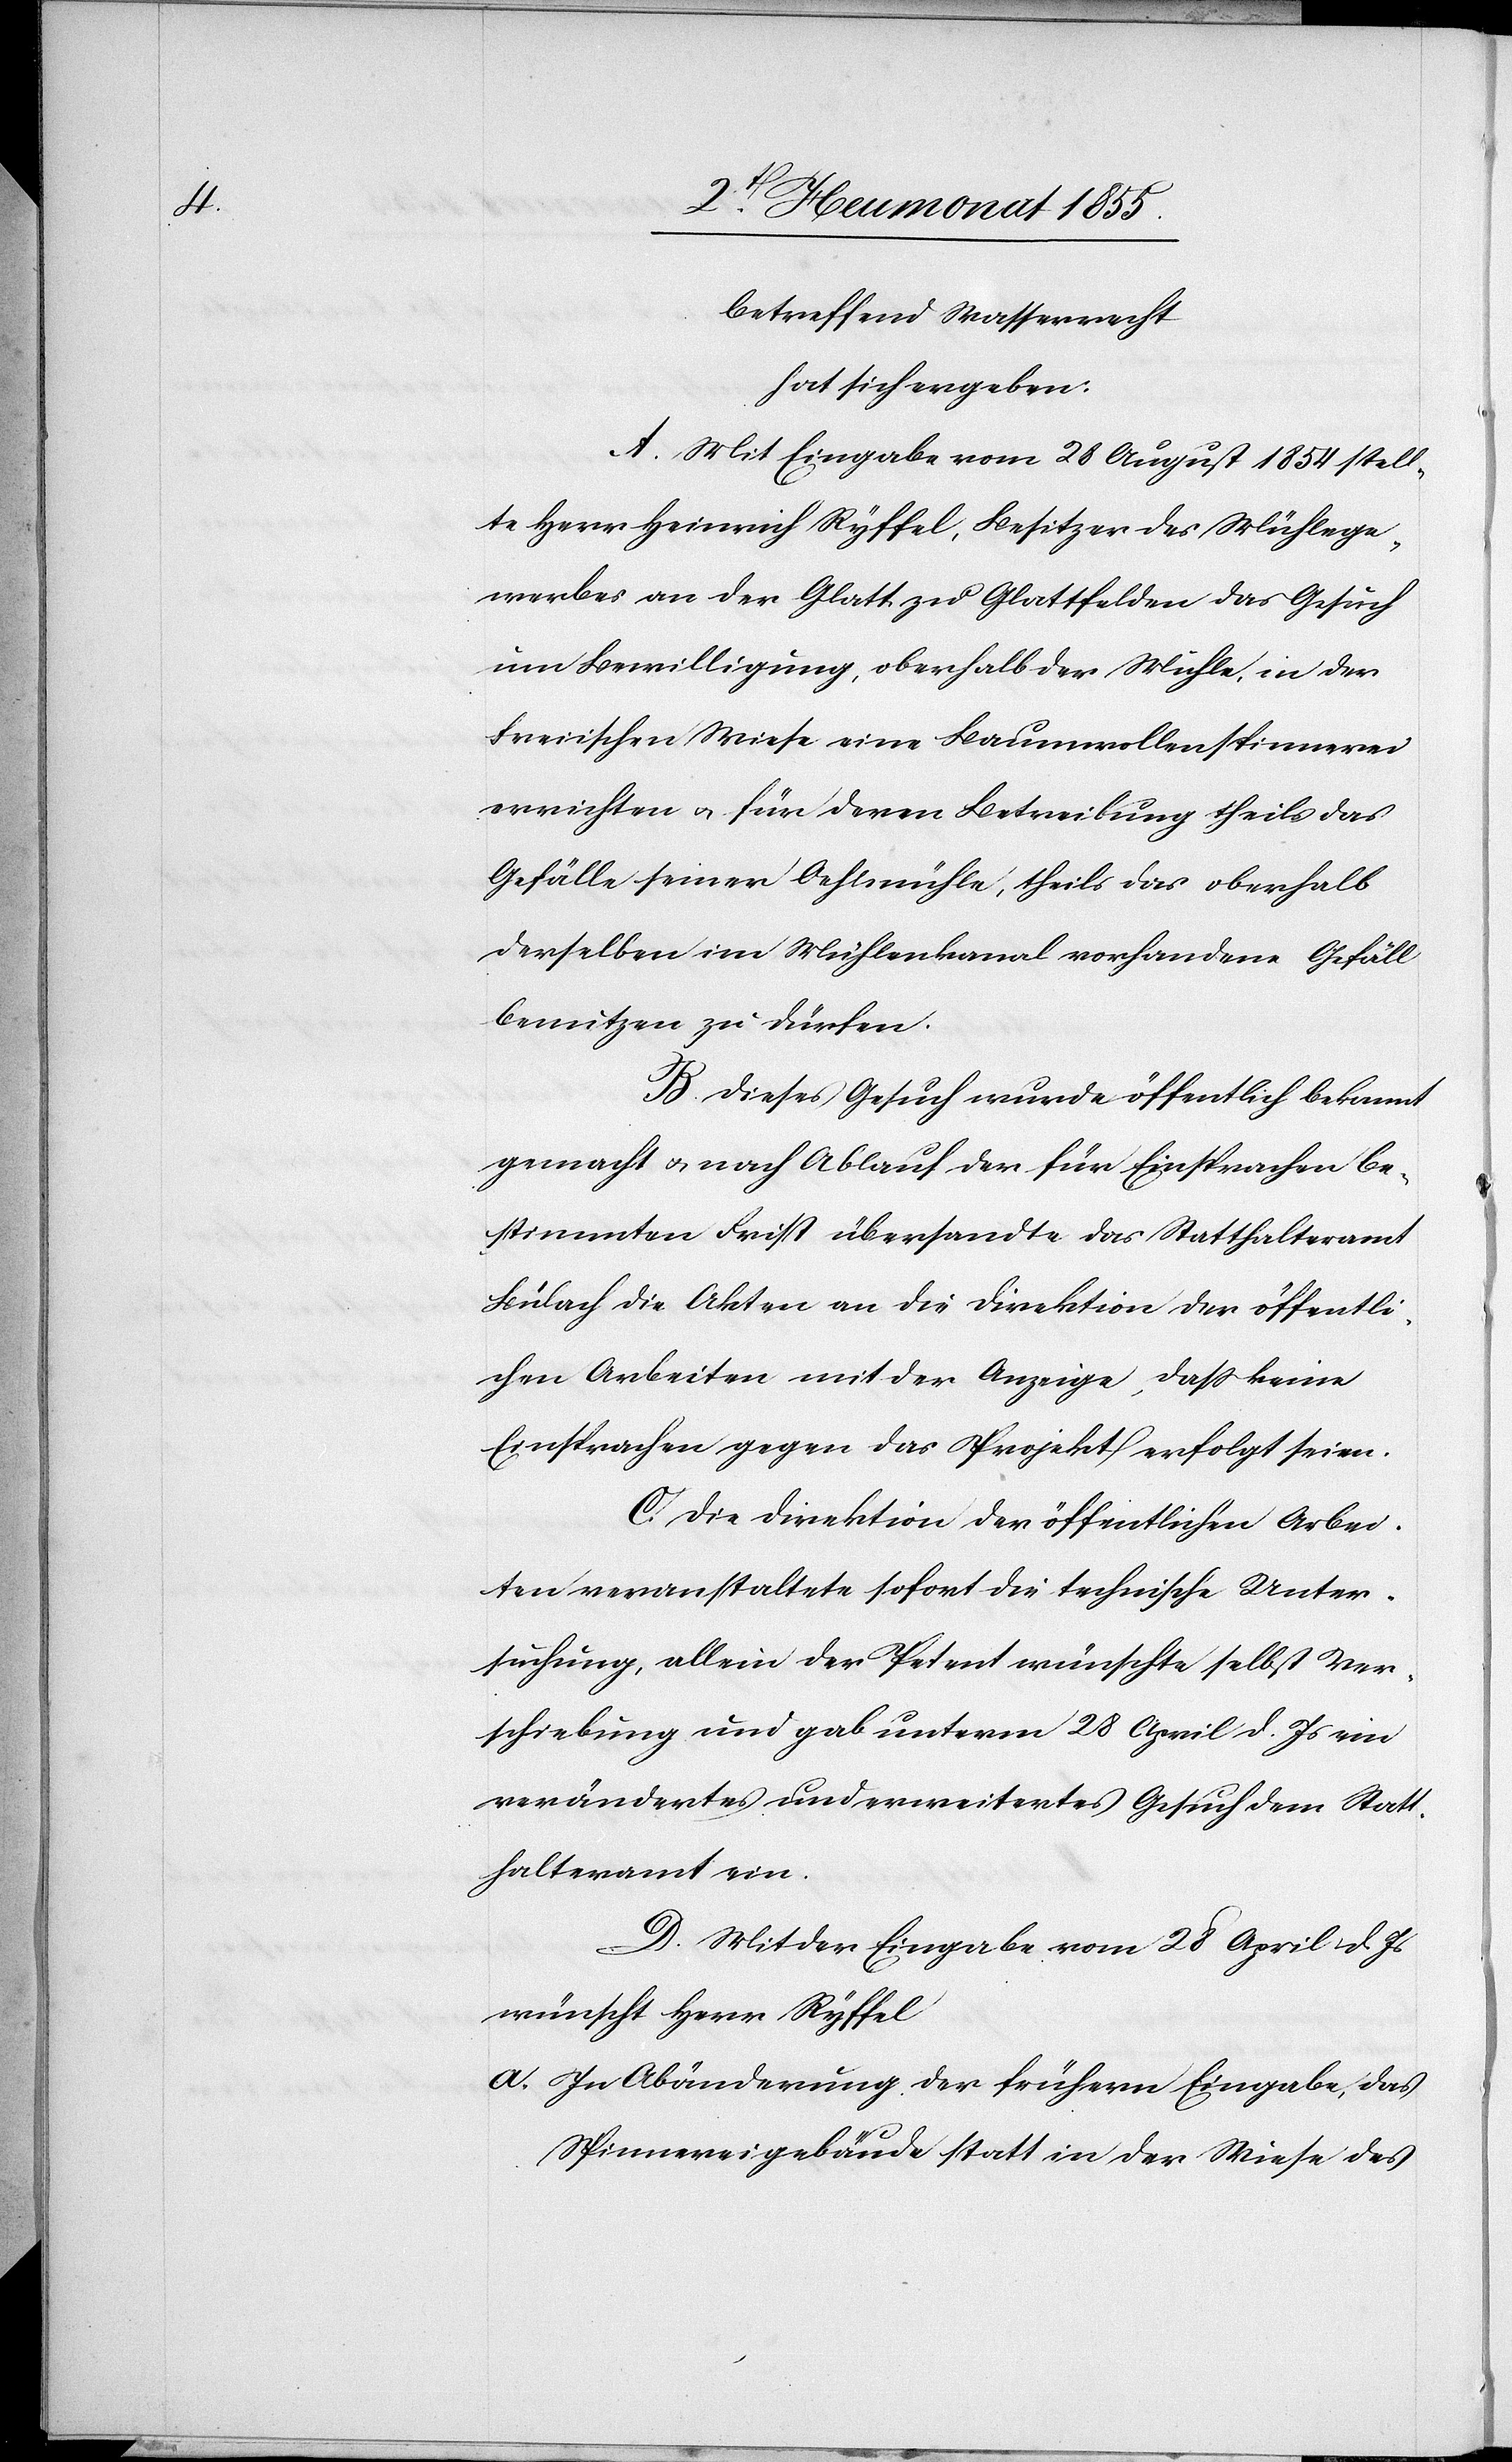
betreffend Wasserrecht
hat sich ergeben:
A. Mit Eingabe vom 28 August 1854 stell¬
te Herr Heinrich Ryffel, Besitzer des Mühlege¬
werbes an der Glatt zu Glattfelden das Gesuch
um Bewilligung, oberhalb der Mühle, in der
Freiischen Wiese eine Baumwollenspinnerei
errichten & für deren Betreibung theils das
Gefälle seiner Oehlmühle, theils das oberhalb
derselben im Mühlenkanal vorhandene Gefäll
benutzen zu dürfen.
B. Dieses Gesuch wurde öffentlich bekannt
gemacht & nach Ablauf der für Einsprachen be¬
stimmten Frist übersandte das Statthalteramt
Bülach die Akten an die Direktion der öffentli¬
chen Arbeiten mit der Anzeige, dass keine
Einsprachen gegen das Projekt erfolgt seien.
C. Die Direktion der öffentlichen Arbei¬
ten veranstaltete sofort die technische Unter¬
suchung, allein der Petent wünschte selbst Ver¬
schiebung und gab unterm 28 April d. Js. ein
verändertes und erweitertes Gesuch dem Statt¬
halteramt ein.
a.
D. Mit der Eingabe vom 28 April d. Js.
wünscht Herr Ryffel
In Abänderung der frühern Eingabe, das
Spinnereigebäude statt in der [sic!] Wiese des